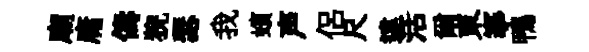
廟庸儔猊瑟我蠙声侶尺違活爾東搴鴨